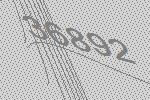
36892